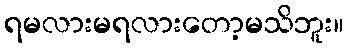
ရမလားမရလားတော့မသိဘူး။